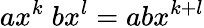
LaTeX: ax^{k}\; bx^{l}=abx^{k+l}